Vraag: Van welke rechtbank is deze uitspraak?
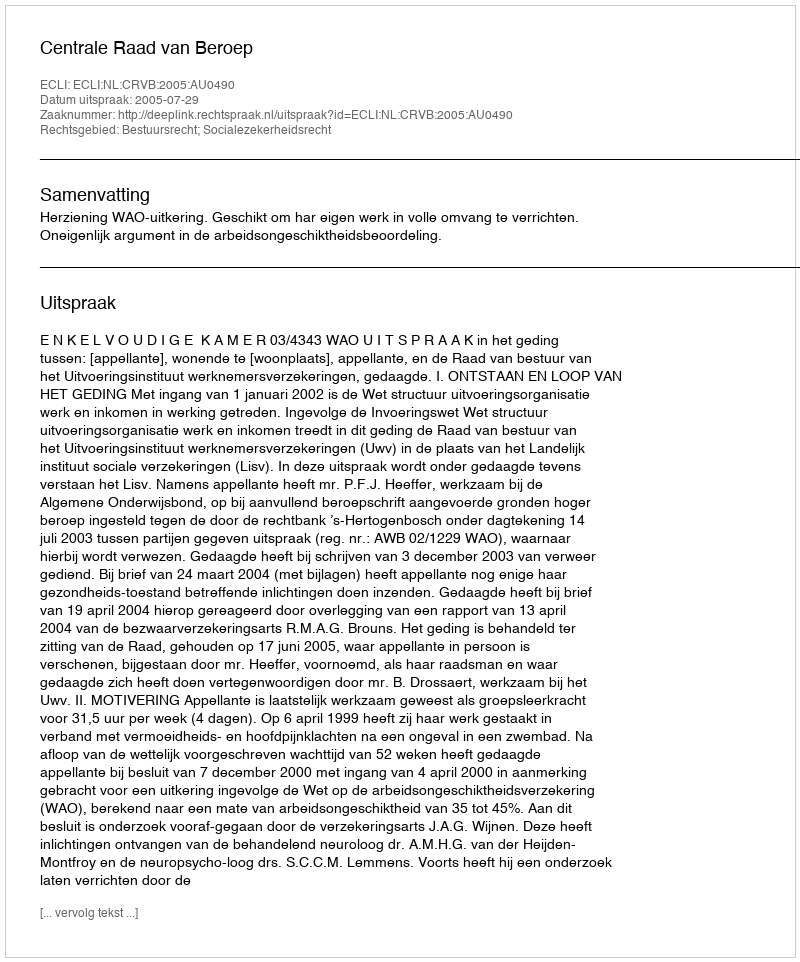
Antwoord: Centrale Raad van Beroep